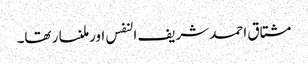
مشتاق احمد شریف النفس اور ملنسار تھا۔